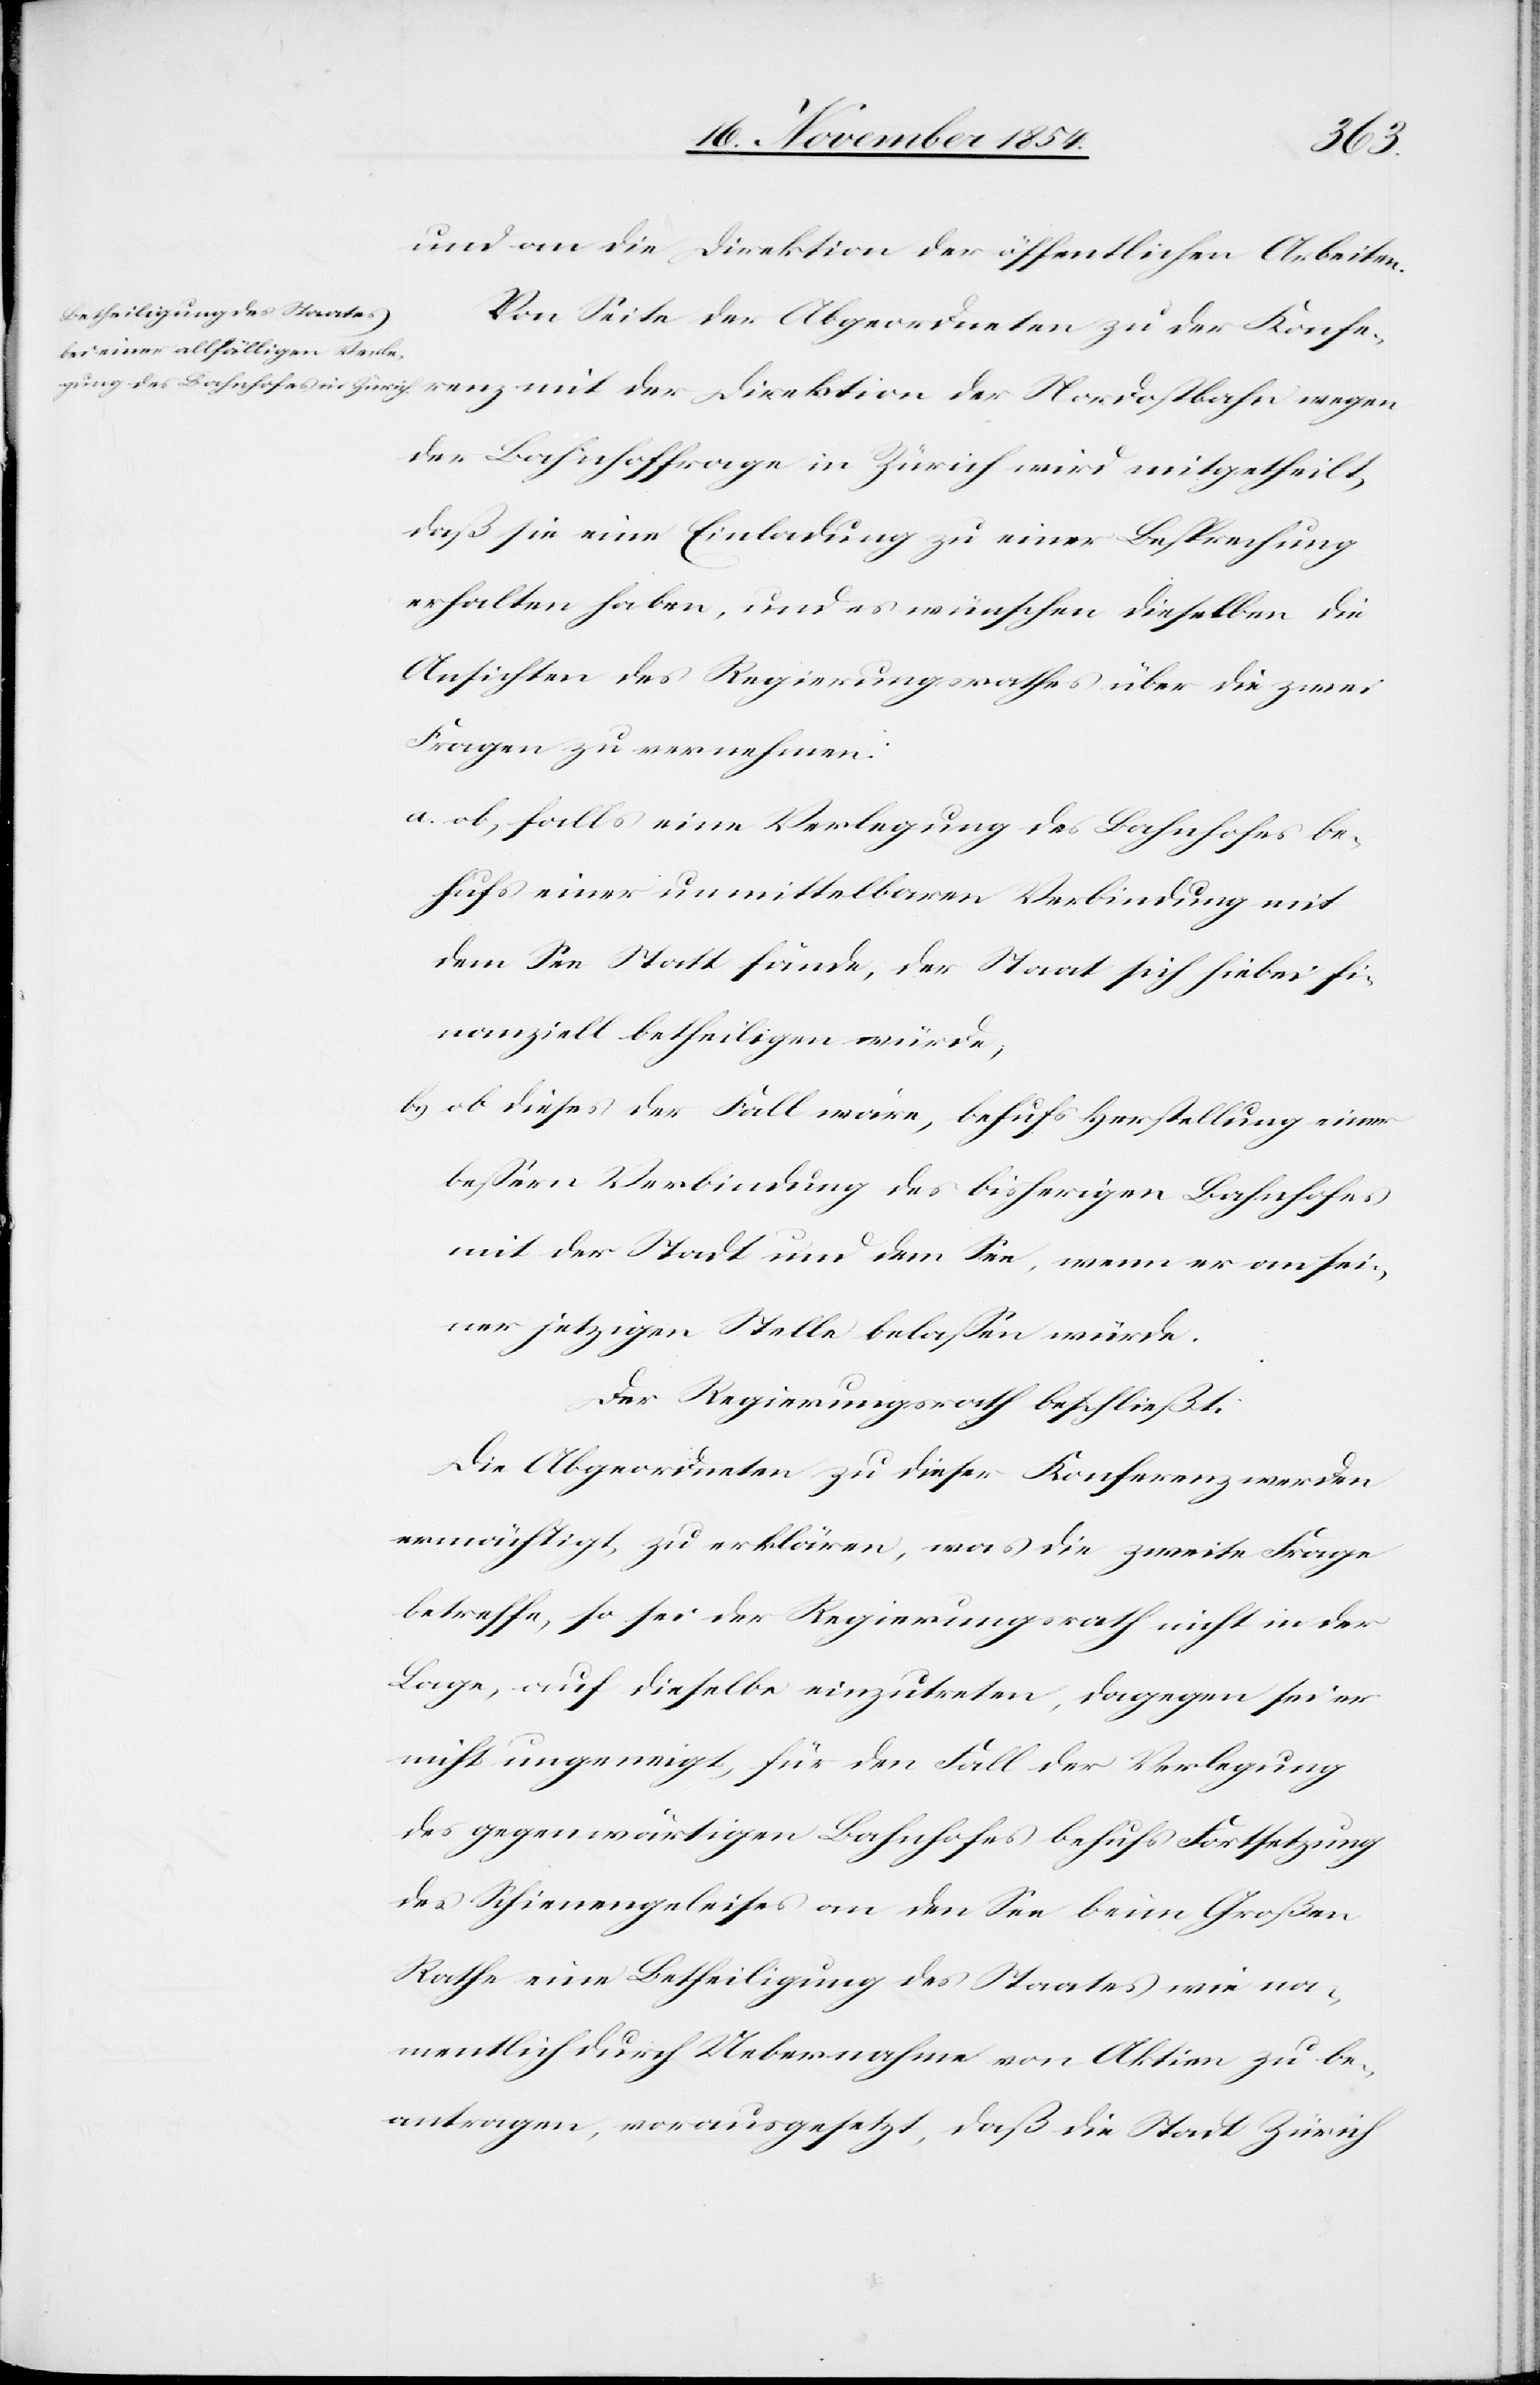
und an die Direktion der öffentlichen Arbeiten.
Von Seite der Abgeordneten zu der Konferenz
der Bahnhoffrage in Zürich wird mitgetheilt,
daß sie eine Einladung zu einer Besprechung
erhalten haben, und es wünschen dieselben die
Ansichten des Regierungsrathes über die zwei
Fragen zu vernehmen:
ob, falls eine Verlegung des Bahnhofes be¬
hufs einer unmittelbaren Verbindung mit
dem See Statt fände, der Staat sich hiebei fi¬
nanziell betheiligen würde;
b.) ob dieses der Fall wäre, behufs Herstellung einer
beßern Verbindung des bisherigen Bahnhofes
mit der Stadt und dem See, wenn er an sei¬
ner jetzigen Stelle belaßen würde.
Die Abgeordneten zu dieser Konferenz werden
ermächtigt, zu erklären, was die zweite Frage
betreffe, so sei der Regierungsrath nicht in der
Lage, auf dieselbe einzutreten, dagegen sei er
nicht ungeneigt, für den Fall der Verlegung
des gegenwärtigen Bahnhofes behufs Fortsetzung
des Schienengeleises an den See beim Großen
Rathe eine Betheiligung des Staates wie na¬
mentlich durch Uebernahme von Aktien zu be¬
antragen, vorausgesetzt, daß die Stadt Zürich